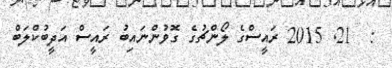
:  21